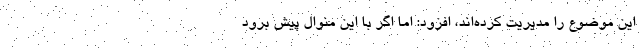
این موضوع را مدیریت کرده‌اند، افزود: اما اگر با این منوال پیش برود